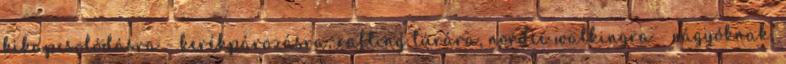
kikapcsolódásra - kerékpározásra, rafting túrára, nordic walkingra - vágyóknak,